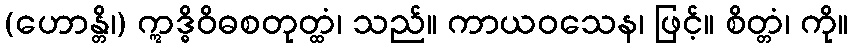
(ဟောန္တိ၊) ဣဒ္ဓိဝိဓစတုတ္ထံ၊ သည်။ ကာယဝသေန၊ ဖြင့်။ စိတ္တံ၊ ကို။